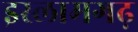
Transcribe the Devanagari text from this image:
इस्लामगढ़